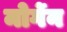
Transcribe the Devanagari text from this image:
मोर्गेन